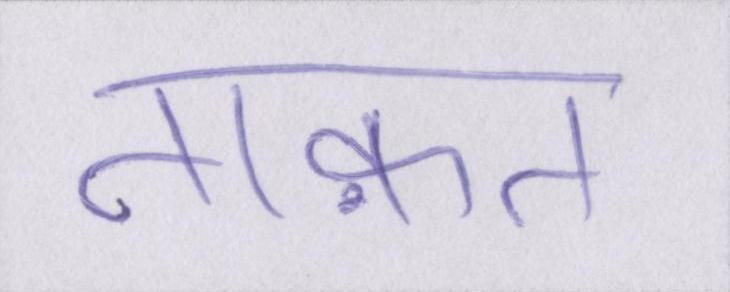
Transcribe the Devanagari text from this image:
ताक़त